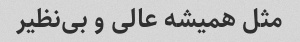
مثل همیشه عالی و بی‌نظیر